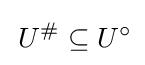
\,U^{\#}\subseteq U^{\circ }